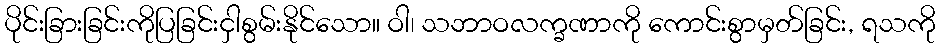
ပိုင်းခြားခြင်းကိုပြခြင်းငှါစွမ်းနိုင်သော။ ဝါ၊ သဘာဝလက္ခဏာကို ကောင်းစွာမှတ်ခြင်း, ရသကို